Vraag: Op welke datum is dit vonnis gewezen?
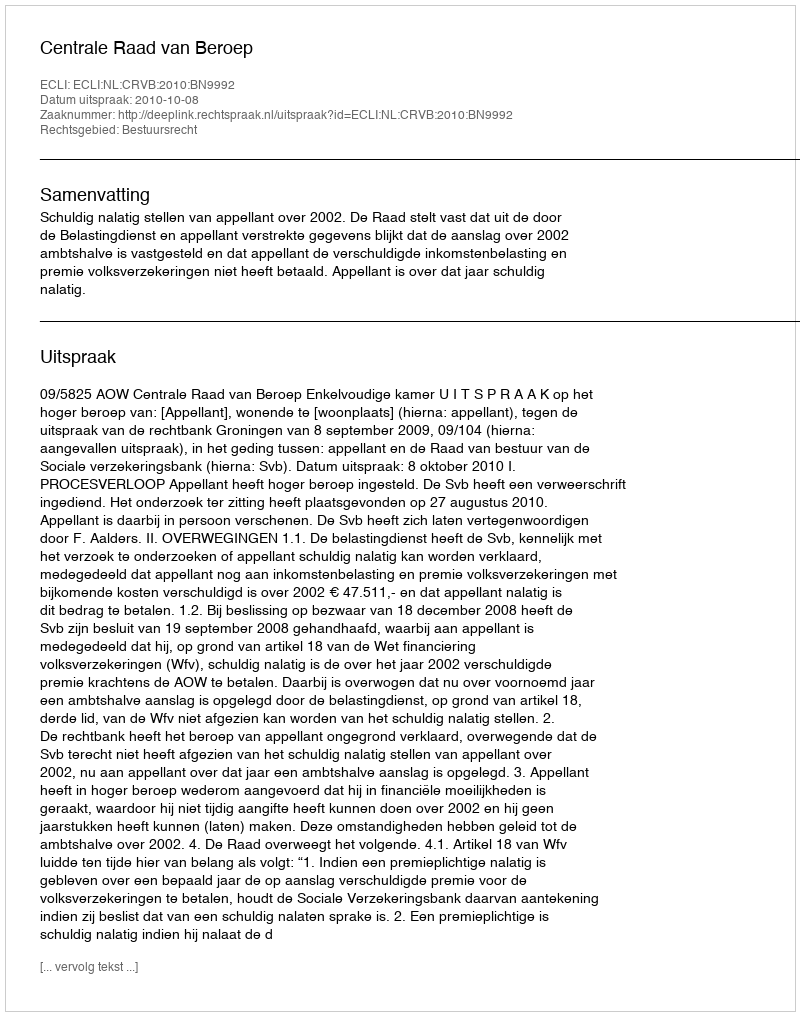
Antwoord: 2010-10-08